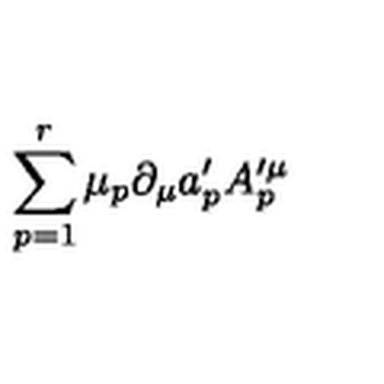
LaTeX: \sum _ { p = 1 } ^ { r } \mu _ { p } \partial _ { \mu } a _ { p } ^ { \prime } A _ { p } ^ { \prime \mu }